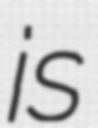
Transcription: is